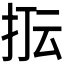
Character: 𭠢